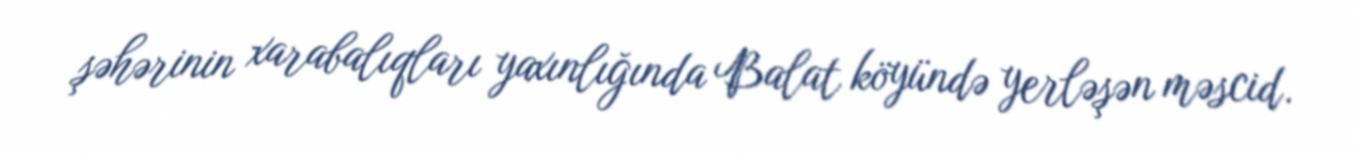
şəhərinin xarabalıqları yaxınlığında Balat köyündə yerləşən məscid.